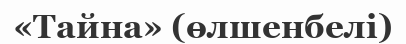
«Тайна» (өлшенбелі)